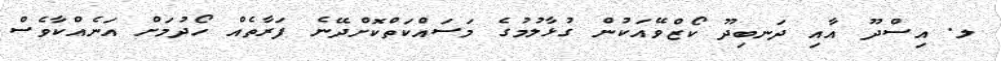
ލ. އިސްދޫ އާއި ދަނބިދޫ ކޯޒްވޭއަކުން ގުޅާލުމުގެ މަސައްކަތްކޮށްދޭނެ ފަރާތެއް ހޯދުމަށް އަނެއްކާވެސް